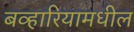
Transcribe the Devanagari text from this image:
बव्हारियामधील